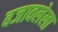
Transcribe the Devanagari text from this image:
बजावलेला